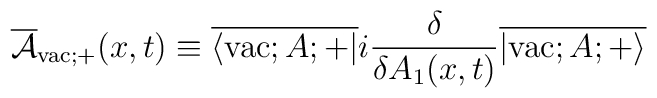
\overline{\cal A}_{{\rm vac};+}(x,t) \equiv\overline{\langle {\rm vac};A;+|} i \frac{\delta}{\delta A_1(x,t)} \overline{|{\rm vac};A;+ \rangle}